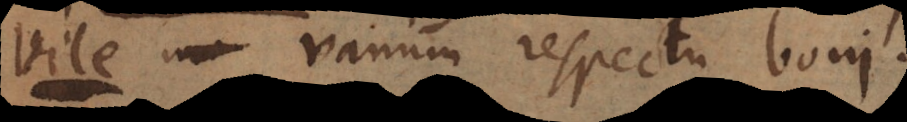
non vanum respectu boni.